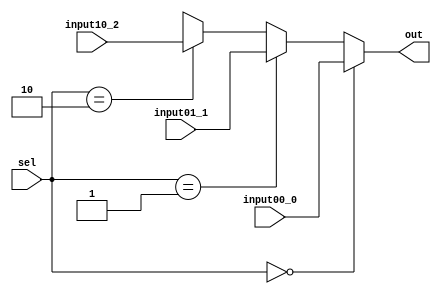
//mux 3 to 1 - 32 bits inputs e output e 2 bits sel
//PCCtrl
//ShiftEntCtrl
//PCSource
//ALUSrcA

module mux3to1_32b(input wire [31:0] input00_0, 
	                 input wire [31:0] input01_1, 
	                 input wire [31:0] input10_2, 
                   input wire [1:0] sel, 
                   output wire [31:0] out);

 
  assign out = (sel == 2'b00) ? input00_0 : 
               (sel == 2'b01) ? input01_1 :
               (sel == 2'b10) ? input10_2 :
               32'bXXXXXXXXXXXXXXXXXXXXXXXXXXXXXXXX;
  
endmodule